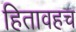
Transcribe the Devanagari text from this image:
हितावहच